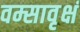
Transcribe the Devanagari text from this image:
वम्सावृक्षं